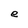
Character: e